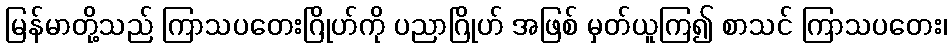
မြန်မာတို့သည် ကြာသပတေးဂြိုဟ်ကို ပညာဂြိုဟ် အဖြစ် မှတ်ယူကြ၍ စာသင် ကြာသပတေး၊